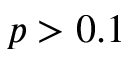
p > 0 . 1